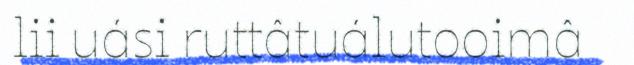
lii uási ruttâtuálutooimâ